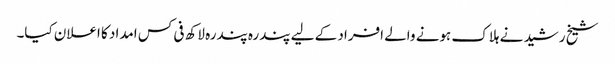
شیخ رشید نے ہلاک ہونے والے افراد کے لیے پندرہ پندرہ لاکھ فی کس امداد کا اعلان کیا۔